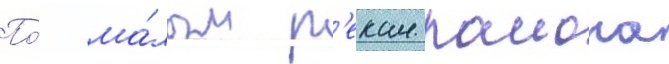
По́ ма́лым р'екам раиона